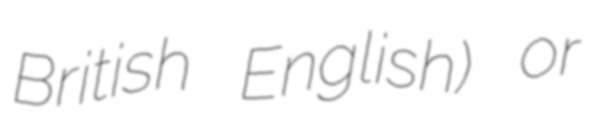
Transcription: British English) or